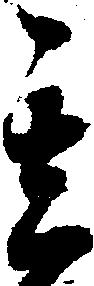
其